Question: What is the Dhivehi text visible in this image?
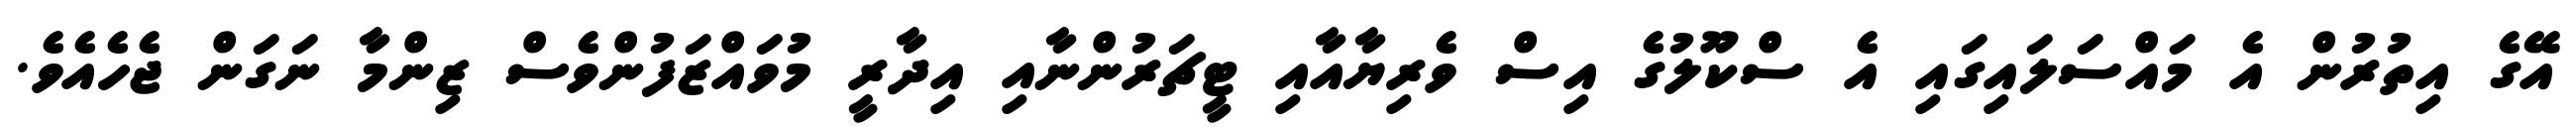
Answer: އޭގެ އިތުރުން އެ މައްސަލައިގައި އެ ސްކޫލުގެ އިސް ވެރިޔާއާއި ޓީޗަރުންނާއި އިދާރީ މުވައްޒަފުންވެސް ޒިންމާ ނަގަން ޖެހެއެވެ.